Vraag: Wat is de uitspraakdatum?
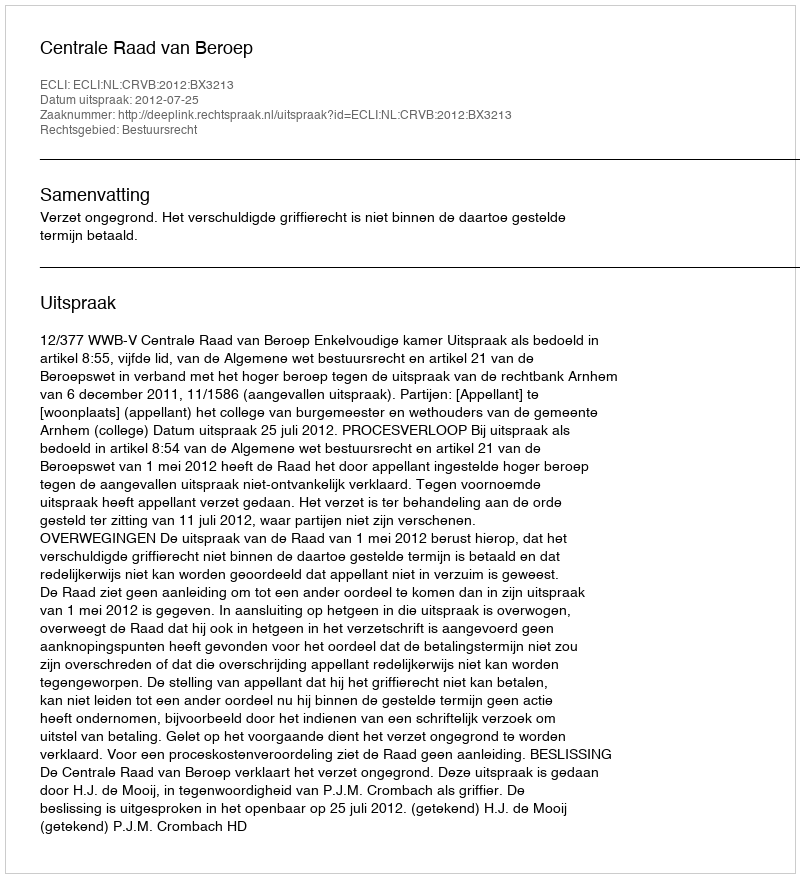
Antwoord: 2012-07-25